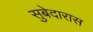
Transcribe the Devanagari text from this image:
सुबेदारास